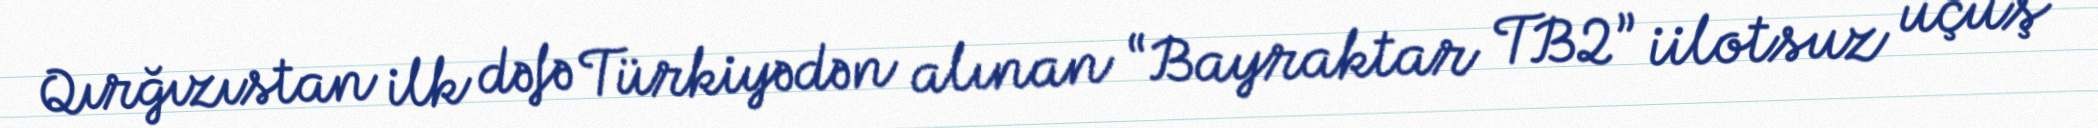
Qırğızıstan ilk dəfə Türkiyədən alınan “Bayraktar TB2” iilotsuz uçuş